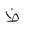
Letter: _za